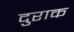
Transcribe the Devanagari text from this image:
दुराक